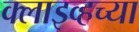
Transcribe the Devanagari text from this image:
क्लाइव्हच्या